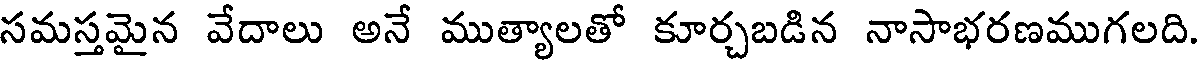
సమస్తమైన వేదాలు అనే ముత్యాలతో కూర్చబడిన నాసాభరణముగలది